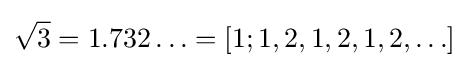
{\sqrt {3}}=1.732\ldots =[1;1,2,1,2,1,2,\ldots ]